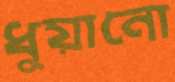
ধুয়ানো